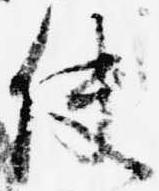
使